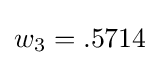
w_{3}=.5714